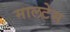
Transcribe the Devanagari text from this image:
मालटेस